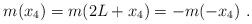
LaTeX: \begin{align*}m(x_4)=m(2L+x_4)=-m(-x_4)\ . \end{align*}